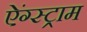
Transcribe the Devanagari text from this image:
ऐंग्स्ट्राम